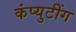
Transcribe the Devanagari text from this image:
कंप्युटींग